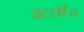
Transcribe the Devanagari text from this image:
चॅटर्लीज